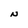
Character: N